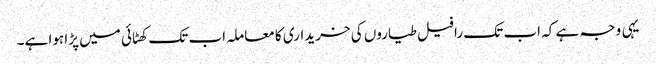
یہی وجہ ہے کہ اب تک رافیل طیاروں کی خریداری کا معاملہ اب تک کھٹائی میں پڑا ہوا ہے۔